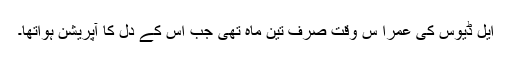
ایل ڈیوس کی عمرا س وقت صرف تین ماہ تھی جب اس کے دل کا آپریشن ہواتھا۔